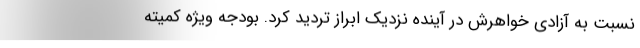
نسبت به آزادی خواهرش در آینده نزدیک ابراز تردید کرد. بودجه ویژه کمیته